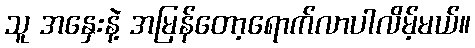
သူ အနှေးနဲ့ အမြန်တော့ရောက်လာပါလိမ့်မယ်။